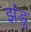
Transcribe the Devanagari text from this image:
झंडू